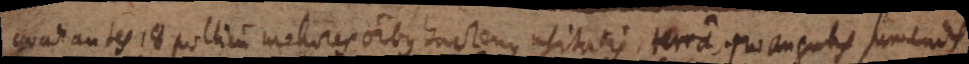
Quadrantes 18 pollicum meliores omnibus hactenus usitatis, terra, pro angulis sumendis.